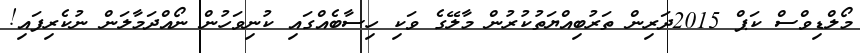
މޯލްޑިވްސް ކަޕް 2015ދަރިން ތަރުބިއްޔަތުކުރުން މާލޭގެ ވަކި ހިސާބެއްގައި ކުނިވަހުން ނޯއްދަމާލަން ނުކެރިފައި!